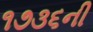
૧૭૩૬ની